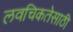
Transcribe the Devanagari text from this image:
लवचिकतेसाठी